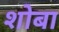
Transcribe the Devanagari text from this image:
शोबा